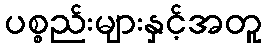
ပစ္စည်းများနှင့်အတူ